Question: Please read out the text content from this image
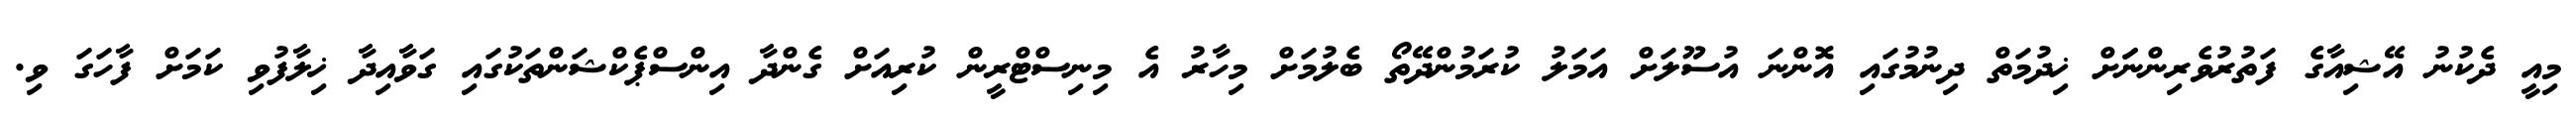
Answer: މިއީ ދެކުނު އޭޝިއާގެ ފަތުރުވެރިންނަަށް ޚިދުމަތް ދިނުމުގައި އޮންނަ އުސޫލަށް އަމަލު ކުރަމުންދޭތޯ ބެލުމަށް މިހާރު އެ މިނިސްޓްރީން ކުރިއަށް ގެންދާ އިންސްޕެކްޝަންތަކުގައި ގަވާއިދާ ޚިލާފުވި ކަމަށް ފާހަގަ ވި.